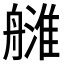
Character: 𦪉